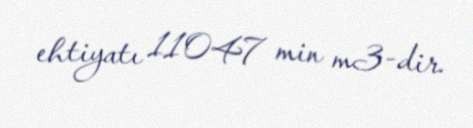
ehtiyatı 11047 min m3-dir.